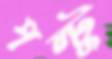
পল্টু